Report on sanitation, dispensaries, and jails in Rajputana for 1916, and on vaccination for the year 1916-1917 - 1916-1917
Year: 1916
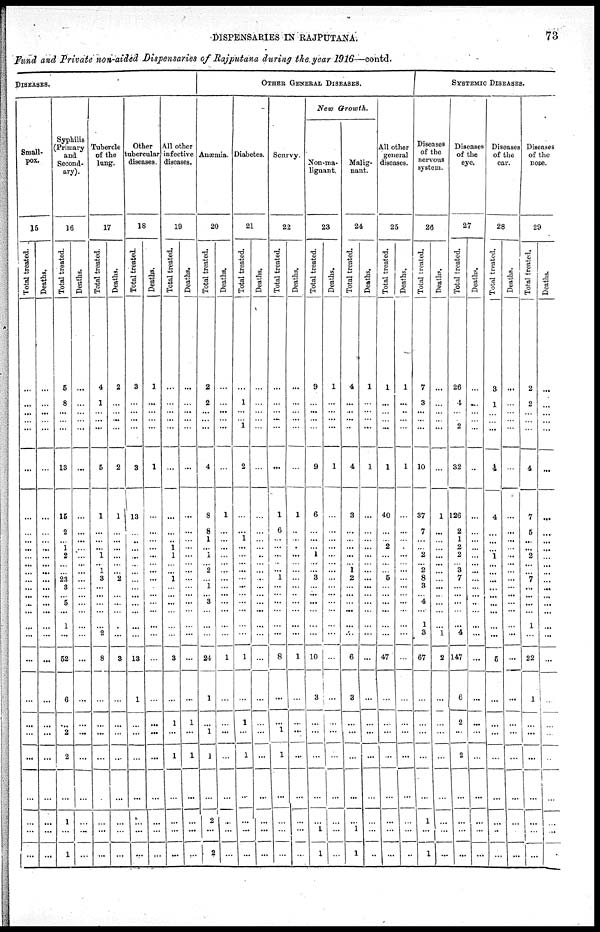
DISPENSARIES IN RAJPUTANA.
73
Fund and Private non-aided Dispensaries of Rajputana during the year 1916—contd.
DISEASES.
Small-
pox.
15
Total treated.
...
...
...
...
...
...
...
...
...
...
...
...
... ...
...
...
...
...
...
...
...
...
...
...
...
...
...
...
...
Deaths.
...
...
...
...
...
...
...
...
...
...
...
...
...
...
...
...
...
...
...
...
...
...
...
...
...
...
...
...
...
Syphilis
(Primary
and
Second-
ary).
16
Total treated.
5
8
...
...
...
13
15
2
... 1
2
...
... 23
3
... 5
...
1
...
52
6
...
2
2
...
1
...
1
Deaths.
...
...
...
...
...
...
...
...
...
...
...
...
...
...
...
...
...
...
...
...
...
...
...
...
...
...
...
...
...
Tubercle
of the
lung.
17
Total treated.
4
1
...
...
...
5
1
...
...
...
1
... 1
3
...
...
...
...
...
2
8
...
...
...
...
...
...
...
...
Deaths.
2
...
...
...
...
2
1
...
...
...
...
...
... 2
...
...
...
...
...
...
3
...
...
...
...
...
...
...
...
Other
tubercular
diseases.
18
Total treated.
3
...
...
...
...
3
13
...
...
...
...
...
...
...
...
...
...
...
...
...
13
1
...
...
...
...
...
...
...
Deaths.
1
...
...
...
...
1
...
...
...
...
...
...
...
...
...
...
...
...
...
...
...
...
...
...
...
...
...
...
...
All other
infective
diseases.
19
Total treated.
...
...
...
...
...
...
...
...
... 1
1
...
... 1
...
...
...
...
...
...
3
...
1
...
1
...
...
...
...
Deaths.
...
...
...
...
...
...
...
...
...
...
...
...
...
...
...
...
...
...
...
...
...
...
1
...
1
...
...
...
...
OTHER GENERAL DISEASES.
Anæmia.
20
Total treated.
2
2
...
...
...
4
8
8
1
...
1
... 2
...
1
... 3
...
...
...
24
1
...
1
1
...
2
...
2
Deaths.
...
...
...
...
...
...
1
...
...
...
...
...
...
...
...
...
...
...
...
...
1
...
...
...
...
...
...
...
...
Diabetes.
21
Total treated.
...
1
...
...
...
2
...
...
1
...
...
...
...
...
...
...
...
...
...
...
1
...
1
...
1
...
...
...
...
Deaths.
...
...
...
...
...
...
...
...
...
...
...
...
...
...
...
...
...
...
...
...
...
...
...
...
...
...
...
...
...
Scurvy.
22
Total treated.
...
...
...
...
...
...
1
6
...
...
...
...
... 1
...
...
...
...
...
...
8
...
...
1
1
...
...
...
...
Deaths.
...
...
...
...
...
...
1
..
...
...
...
...
...
...
...
...
...
...
...
...
1
...
...
...
...
...
...
...
...
New Growth.
Non-ma-
lignant.
23
Total treated.
9
...
...
...
...
9
6
...
...
...
1
...
... 3
...
...
...
...
...
...
10
3
...
...
...
...
...
1
1
Deaths.
1
...
...
...
...
1
...
...
...
...
...
...
...
...
...
...
...
...
...
...
...
...
...
...
...
...
...
...
...
Malig-
nant.
24
Total treated.
4
...
...
...
...
4
3
...
...
...
...
... 1
2
...
...
...
...
...
...
6
3
...
...
...
...
...
1
1
Deaths.
1
...
...
...
...
1
...
...
...
...
...
...
...
...
...
...
...
...
...
...
...
...
...
...
...
...
...
...
...
All other
general
diseases.
25
Total treated.
1
...
...
...
...
1
40
...
... 2
...
...
... 5
...
...
...
...
...
...
47
...
...
...
...
...
...
...
...
Deaths.
1
...
...
...
...
1
...
...
...
...
...
...
...
...
...
...
...
...
...
...
...
...
...
...
...
...
...
...
...
SYSTEMIC DISEASES.
Diseases
of the
nervous
system.
26
Total treated.
7
3
...
...
...
10
37
7
...
...
2
... 2
8
3
... 4
...
1
3
67
...
...
...
...
...
1
...
1
Deaths.
...
...
...
...
...
...
1
...
...
...
...
...
...
...
...
...
...
...
...
1
2
...
...
...
...
...
...
...
...
Diseases
of the
eye.
27
Total treated.
26
4
...
...
2
32
126
2
1
2
2
... 3
7
...
...
...
...
...
4
147
6
2
...
2
...
...
...
...
Deaths.
...
...
...
...
...
...
...
...
...
...
...
...
...
...
...
...
...
...
...
...
...
...
...
...
...
...
...
...
...
Diseases
of the
ear.
28
Total treated.
3
1
...
...
...
4
4
...
...
...
1
...
...
...
...
...
...
...
...
...
5
...
...
...
...
...
...
...
...
Deaths.
...
...
...
...
...
...
...
...
...
...
...
...
...
...
...
...
...
...
...
...
...
...
...
...
...
...
...
...
...
Diseases
of the
nose.
29
Total treated.
2
2
...
...
...
4
7
5
...
...
2
...
... 7
...
...
...
...
1
...
22
1
...
...
...
...
...
...
...
Deaths.
...
...
...
...
...
...
...
...
...
...
...
...
...
...
...
...
...
...
...
...
...
...
...
...
...
...
...
...
...